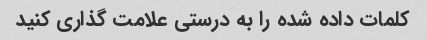
کلمات داده شده را به درستی علامت گذاری کنید